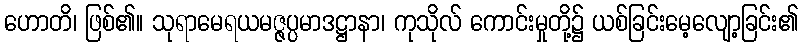
ဟောတိ၊ ဖြစ်၏။ သုရာမေရယမဇ္ဇပ္ပမာဒဋ္ဌာနာ၊ ကုသိုလ် ကောင်းမှုတို့၌ ယစ်ခြင်းမေ့လျော့ခြင်း၏